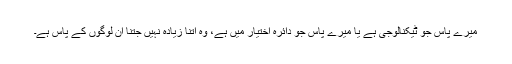
میرے پاس جو ٹیکنالوجی ہے یا میرے پاس جو دائرہ اختیار میں ہے، وہ اتنا زیادہ نہیں جتنا ان لوگوں کے پاس ہے۔